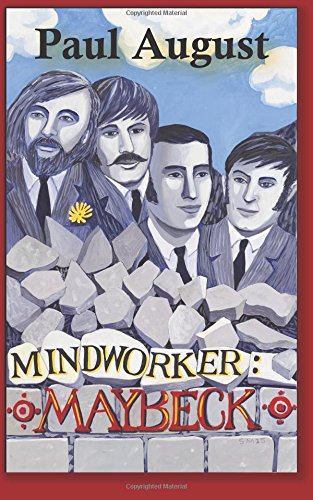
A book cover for Mindworker: Maybeck; Paul August; Biographies & Memoirs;